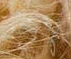
لاخر